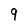
Character: 9